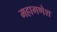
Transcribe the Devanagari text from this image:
महागणेश